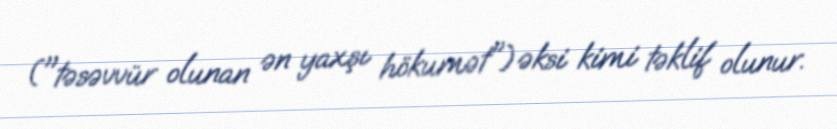
("təsəvvür olunan ən yaxşı hökumət") əksi kimi təklif olunur.